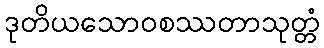
ဒုတိယသောဝစဿတာသုတ္တံ